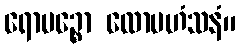
ရောမဉ္စော လောမဟံသနံ။